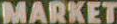
MARKET